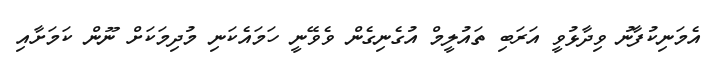
އެމަނިކުފާނު ވިދާޅުވީ އަރަބި ތައުލީމް އުގެނިގެން ވެވޭނީ ހަމައެކަނި މުދިމަކަށް ނޫން ކަމަށާއި